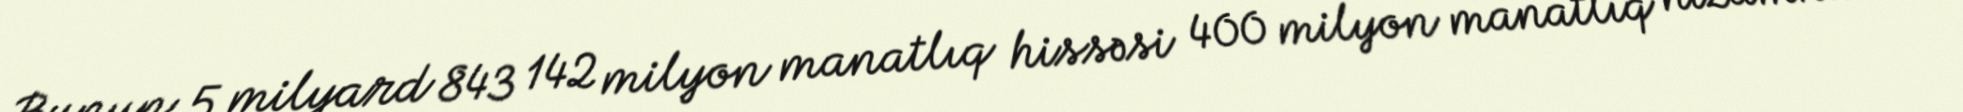
Bunun 5 milyard 843 142 milyon manatlıq hissəsi 400 milyon manatlıq nizamnamə